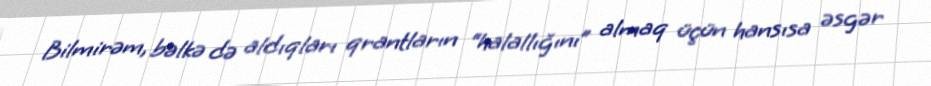
Bilmirəm, bəlkə də aldıqları qrantların “halallığını” almaq üçün hansısa əsgər